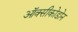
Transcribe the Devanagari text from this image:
ऑक्सीकोडोन